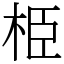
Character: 栕